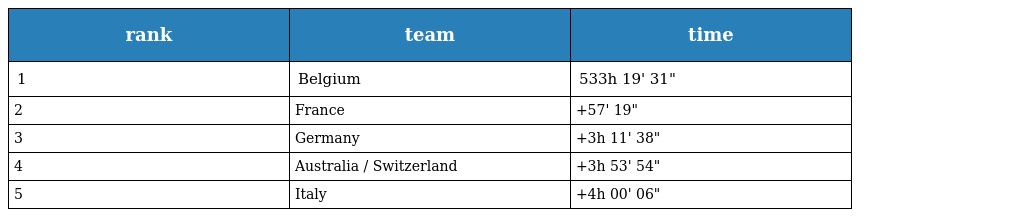
| rank | team | time |
 | --- | --- | --- |
 | 1 | Belgium | 533h 19' 31" |
 | 2 | France | +57' 19" |
 | 3 | Germany | +3h 11' 38" |
 | 4 | Australia / Switzerland | +3h 53' 54" |
 | 5 | Italy | +4h 00' 06" |